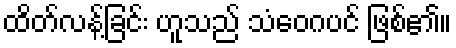
ထိတ်လန့်ခြင်း ဟူသည် သံဝေဂပင် ဖြစ်၏။